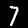
Label: 7